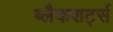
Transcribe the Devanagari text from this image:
ब्लैकशर्ट्स